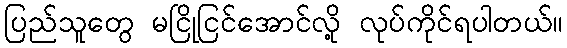
ပြည်သူတွေ မငြိုငြင်အောင်လို့ လုပ်ကိုင်ရပါတယ်။